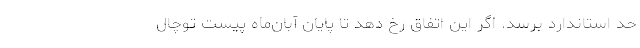
حد استاندارد برسد. اگر این اتفاق رخ دهد تا پایان آبان‌ماه پیست توچال